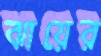
ঝায়ের